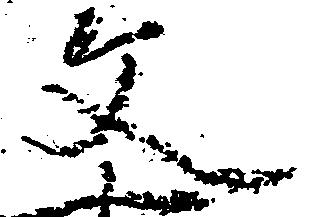
文